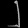
Digit: ၂